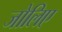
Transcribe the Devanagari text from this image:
जोलिए